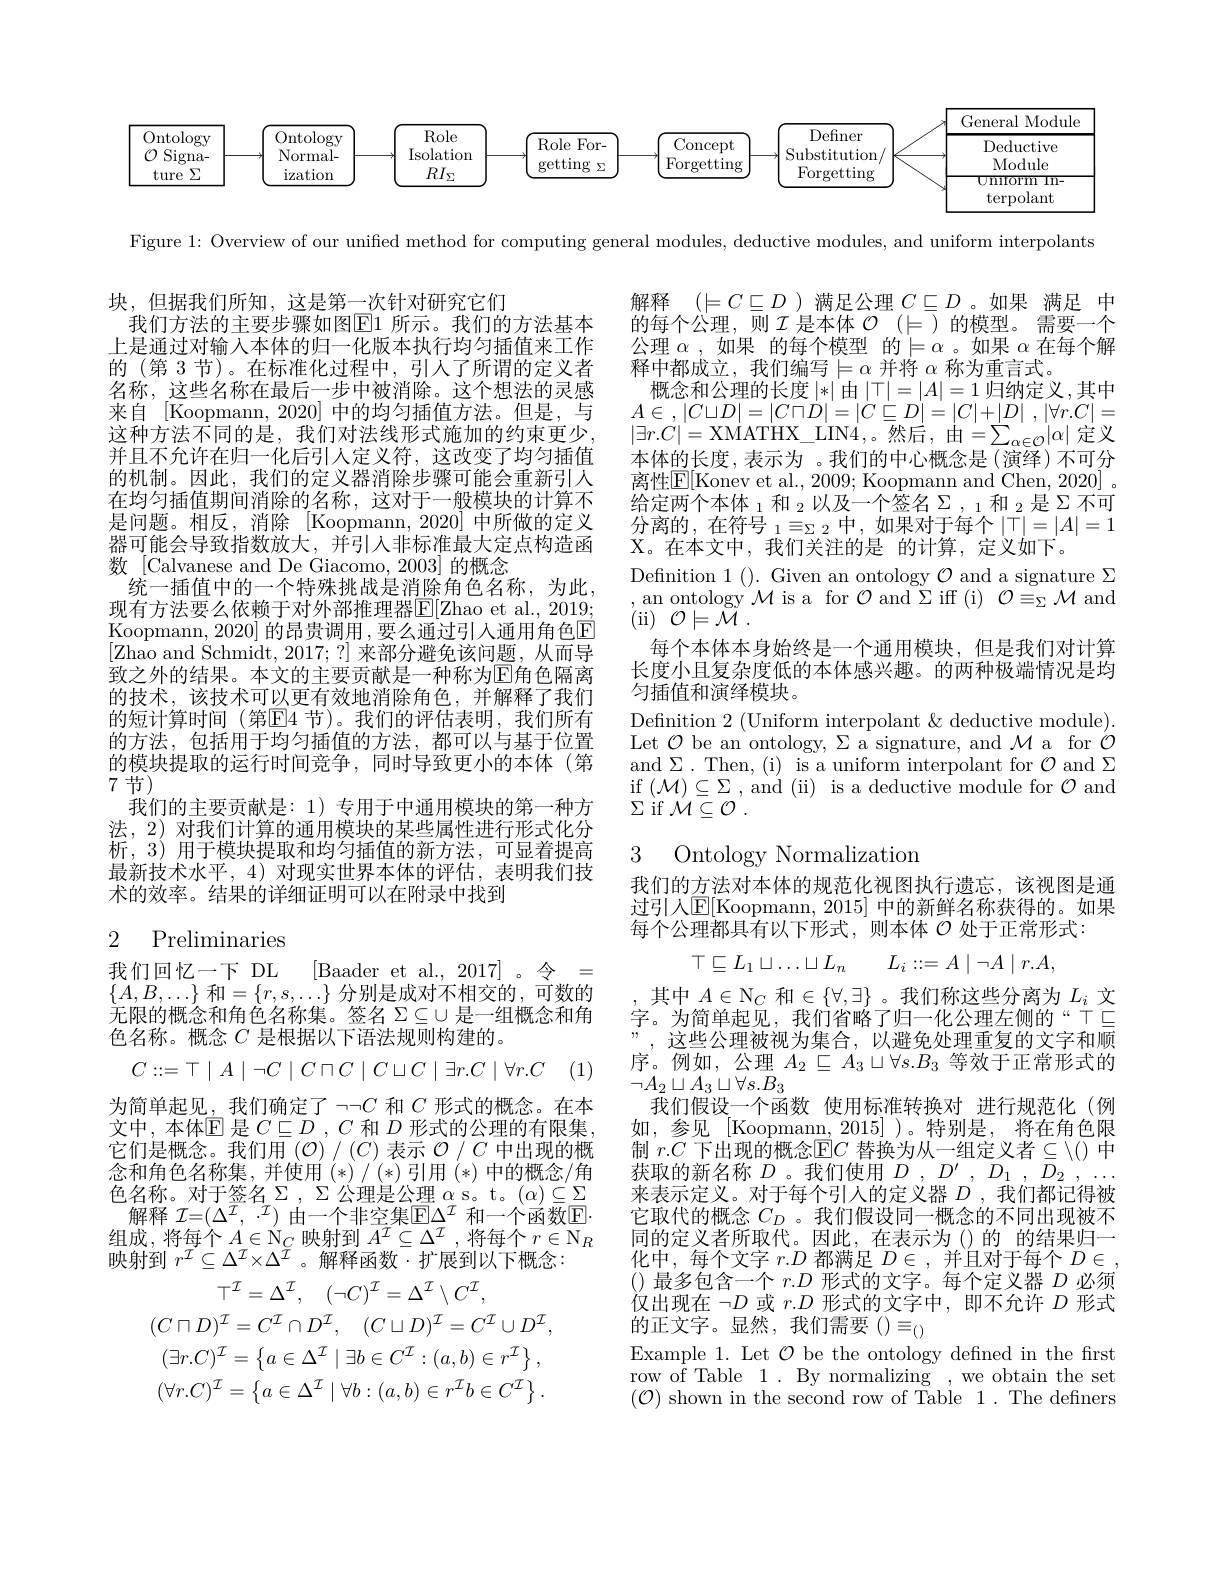
<FigureHere>

Figure 1: Overview of our unified method for computing general modules, deductive modules, and uniform interpolants

解释$(\models C\subseteq D$ )满足公理$C\subseteq D$ 。如果 满足 中的每个公理，则$\mathcal{I}$是本体$\mathcal{O}(\models)$的模型。需要一个公理$\alpha$ ,如果 的每个模型 的$\models\alpha$。如果$\alpha$在每个解释中都成立，我们编写$\models\alpha$并将$\alpha$称为重言式。
概念和公理的长度|*|由$|\top|=|A|=1$ 归纳定义，其中$A\in$ , $| C\sqcup D| = | C\sqcap D| = | C\sqsubseteq D| = | C| + | D|$ , $| \forall r. C| =$ $|\exists r.C|=$XMATHX\_LIN4,。然后，由$=\sum_\alpha\in\mathcal{O}|\alpha|$定义本体的长度，表示为 。我们的中心概念是(演绎)不可分离性$\mathbb{E}[$Konev et al., 2009; Koopmann and Chen, 2020]~。给定两个本体 $_1\text{ 和 }_2$以及一个签名 $\Sigma_,_1\text{ 和 }_2$是 $\Sigma$ 不可分离的，在符号 $_1\equiv_\Sigma2$中，如果对于每个$|\top|=|A|=1$ X。在本文中，我们关注的是 的计算，定义如下。
Definition 1 (). Given an ontology $\mathcal{O}$ and a signature $\Sigma$ ,an ontology $\mathcal{M}$ is a for $\mathcal{O}$ and $\Sigma$ iff (i)$\mathcal{O}\equiv_\Sigma\mathcal{M}$ and (ii$)~\mathcal{O}\models\tilde{\mathcal{M}}~.$
每个本体本身始终是一个通用模块，但是我们对计算长度小且复杂度低的本体感兴趣。的两种极端情况是均匀插值和演绎模块。
Definition 2 (Uniform interpolant & deductive module). Let $\mathcal{O}$ be an ontology, $\Sigma$ a signature, and $\mathcal{M}$ a for $\mathcal{O}$ and$\Sigma.$Then,(i) is a uniform interpolant for $\mathcal{O}$ and $\Sigma$ $\begin{array}{ll}{\mathrm{if~}(\mathcal{M})\subseteq\Sigma,\mathrm{~and~(ii)~is~a~deductive~module~for~}\mathcal{O}\mathrm{~and}}\\{\mathrm{~and~(i)~is~a~deductive~module~for~}\mathcal{O}\mathrm{~and}}\end{array}$ $\Sigma$ if $\mathcal{M} \subseteq \mathcal{O}$ .

块，但据我们所知，这是第一次针对研究它们
我们方法的主要步骤如图$\boxed{\mathrm{E}}1$ 所示。我们的方法基本上是通过对输入本体的归一化版本执行均匀插值来工作的 (第 3 节)。在标准化过程中，引人了所谓的定义者名称，这些名称在最后一步中被消除。这个想法的灵感来自 [Koopmann, 2020] 中的均匀插值方法。但是，与这种方法不同的是，我们对法线形式施加的约束更少， 并且不允许在归一化后引人定义符，这改变了均匀插值的机制。因此，我们的定义器消除步骤可能会重新引人在均匀插值期间消除的名称，这对于一般模块的计算不是问题。相反，消除[Koopmann,2020]中所做的定义器可能会导致指数放大，并引人非标准最大定点构造函数 [Calvanese and De Giacomo, 2003] 的概念
统一插值中的一个特殊挑战是消除角色名称，为此现有方法要么依赖于对外部推理器E[Zhao et al., 2019; Koopmann, 2020] 的昂贵调用 ,要么通过引入通用角色E [Zhao and Schmidt, 2017; ?] 来部分避免该问题，从而导致之外的结果。本文的主要贡献是一种称为E角色隔离的技术，该技术可以更有效地消除角色，并解释了我们的短计算时间(第E4 节)。我们的评估表明，我们所有的方法，包括用于均匀插值的方法，都可以与基于位置的模块提取的运行时间竞争，同时导致更小的本体(第7节)
我们的主要贡献是：1)专用于中通用模块的第一种方法，2)对我们计算的通用模块的某些属性进行形式化分

3 Ontology Normalization

析，3)用于模块提取和均匀插值的新方法，可显着提高最新技术水平，4) 对现实世界本体的评估，表明我们技术的效率。结果的详细证明可以在附录中找到

我们的方法对本体的规范化视图执行遗忘，该视图是通过引人$\mathbb{E}[$Koopmann, 2015] 中的新鲜名称获得的。如果每个公理都具有以下形式，则本体$\mathcal{O}$处于正常形式：

## 2 Preliminaries
$$\top\sqsubseteq L_1\sqcup\dots\sqcup L_n\quad L_i::=A\mid\neg A\mid r.A,$$
我们回忆一下 DL [Baader et al., 2017] 。令 = $\{A,B,\ldots\}$ 和$=\{r,s,\ldots\}$ 分别是成对不相交的，可数的无限的概念和角色名称集。签名$\Sigma\subseteq\cup$是一组概念和角色名称。概念$C$是根据以下语法规则构建的。
$$C:=\top\mid A\mid\neg C\mid C\sqcap C\mid C\sqcup C\mid\exists r.C\mid\forall r.C$$
(1)

其中$A\in\mathbb{N}_C$和$\in\{\forall,\exists\}$ 。我们称这些分离为$L_i$文字。为简单起见，我们省略了归一化公理左侧的“T$\subseteq$ ”,这些公理被视为集合，以避免处理重复的文字和顺序。例如，公理$A_2\subseteq A_3\sqcup\forall s.B_3$等效于正常形式的$\neg A_2\sqcup A_3\sqcup\forall s.B_3$
我们假设一个函数 使用标准转换对 进行规范化 (例如，参见 [Koopmann, 2015] )。特别是，将在角色限制 $r.C$ 下出现的概念$\mathbb{E}C$ 替换为从一组定义者$\subseteq\setminus()$ 中获取的新名称$D$ 。我们使用$D$ , $D^{\prime }$ , $D_{1}$ , $D_{2}$ , . 来表示定义。对于每个引人的定义器$D$ ,我们都记得被它取代的概念$C_D$ 。我们假设同一概念的不同出现被不同的定义者所取代。因此，在表示为()的 的结果归一化中，每个文字$r.D$都满足$D\in$ ,并且对于每个$D\in$ ()最多包含一个$r.D$形式的文字。每个定义器$D$必须仅出现在$\neg D$或$r.D$形式的文字中，即不允许$D$形式的正文字。显然，我们需要()$\equiv_{()}$
Example 1. Let $\mathcal{O}$ be the ontology defined in the first row of Table 1. By normalizing , we obtain the set $(\mathcal{O})$ shown in the second row of Table 1. The definers

为简单起见，我们确定了$\neg\neg C$和$C$形式的概念。在本文中，本体$\mathbb{E}$是$C\subseteq D$ , $C$和$D$形式的公理的有限集， 它们是概念。我们用$\left(\mathcal{O}\right)/\left(C\right)$表示 $\mathcal{O}/C$ 中出现的概念和角色名称集，并使用(*)/(*)引用(*)中的概念/角色名称。对于签名$\Sigma,\Sigma$公理是公理 $\alpha$ s。t。$(\alpha)\subseteq\Sigma$ 解释 $\mathcal{I}=(\Delta^{\mathcal{I}},\cdot\mathcal{I})$ 由一个非空集$\overline{\mathcal{E}}\Delta^{\mathcal{I}}$ 和一个函数$\mathbb{E}$
组成，将每个$A\in\mathbb{N}_C$映射到$\overline A^I\subseteq\Delta^I$ ,将每个$r\in\mathbb{N}_R$
映射到$r^{\mathcal{I}}\subseteq\Delta^{\mathcal{I}}\times\Delta^{\tilde{I}}$。解释函数·扩展到以下概念：
$$\begin{aligned}&\text{一}\\&\top^{\mathcal{I}}=\Delta^{\mathcal{I}},\quad(\neg C)^{\mathcal{I}}=\Delta^{\mathcal{I}}\setminus C^{\mathcal{I}},\\&(C\sqcap D)^{\mathcal{I}}=C^{\mathcal{I}}\cap D^{\mathcal{I}},\quad(C\sqcup D)^{\mathcal{I}}=C^{\mathcal{I}}\cup D^{\mathcal{I}},\\&(\exists r.C)^{\mathcal{I}}=\left\{a\in\Delta^{\mathcal{I}}\mid\exists b\in C^{\mathcal{I}}:(a,b)\in r^{\mathcal{I}}\right\},\\&(\forall r.C)^{\mathcal{I}}=\left\{a\in\Delta^{\mathcal{I}}\mid\forall b:(a,b)\in r^{\mathcal{I}}b\in C^{\mathcal{I}}\right\}.\end{aligned}$$